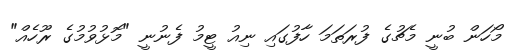
މޯހަން ބުނީ މެޗުގެ ފުރަތަމަ ހާފުގައި ނިއު ޓީމު ފެނުނީ "މޮޅުވުމުގެ ރޫހެއް"